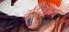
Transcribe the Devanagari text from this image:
ग्रीनरूप